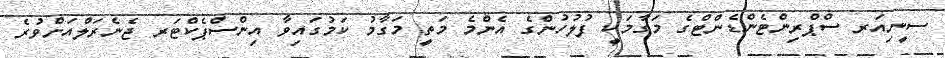
ސީނިއަރ ސްޕްރިންޓެންޑެންޓްގެ މަގާމަކީ ފުލުހުންގެ އެންމެ މަތީ މަގާމު ކަމުގައިވާ އިންސްޕެކްޓަރ ޖެނެރަލްއަށްވުރެ